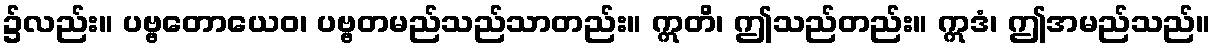
၌လည်း။ ပဗ္ဗတောယေဝ၊ ပဗ္ဗတမည်သည်သာတည်း။ ဣတိ၊ ဤသည်တည်း။ ဣဒံ၊ ဤအမည်သည်။